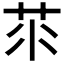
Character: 𦭅